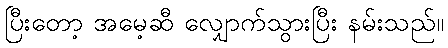
ပြီးတော့ အမေ့ဆီ လျှောက်သွားပြီး နမ်းသည်။